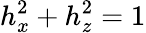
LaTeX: h_{x}^{2}+h_{z}^{2}=1